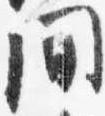
間